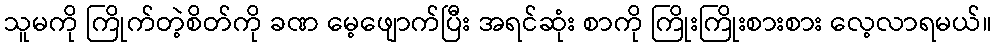
သူမကို ကြိုက်တဲ့စိတ်ကို ခဏ မေ့ဖျောက်ပြီး အရင်ဆုံး စာကို ကြိုးကြိုးစားစား လေ့လာရမယ်။